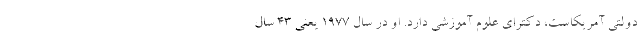
دولتی آمریکاست، دکترای علوم آموزشی دارد. او در سال 1977 یعنی 43 سال